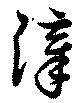
漳